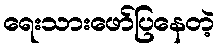
ရေးသားဖော်ပြနေတဲ့